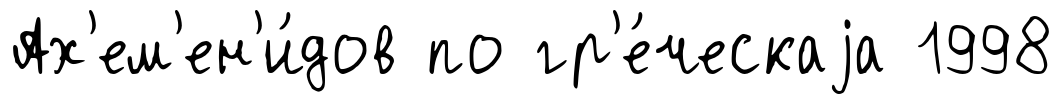
Ах'ем'ен'и́дов по гр'е́ческаjа 1998